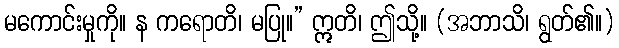
မကောင်းမှုကို။ န ကရောတိ၊ မပြု။” ဣတိ၊ ဤသို့။ (အဘာသိ၊ ရွတ်၏။)